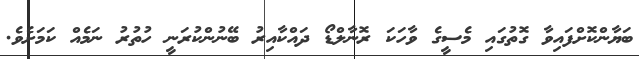
ބަޔާންކޮށްފައިވާ ގޮތުގައި މެސީގެ ވާހަކަ ރޮނާލްޑޯ ދައްކާއިރު ބޭނުންކުރަނީ ހުތުރު ނަމެއް ކަމަށެވެ.